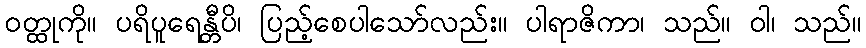
ဝတ္ထုကို။ ပရိပူရေန္တီပိ၊ ပြည့်စေပါသော်လည်း။ ပါရာဇိကာ၊ သည်။ ဝါ၊ သည်။